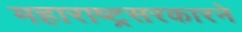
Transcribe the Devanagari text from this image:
महाराष्ट्रसरकारने